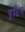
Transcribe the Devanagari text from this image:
पुटिंग